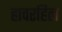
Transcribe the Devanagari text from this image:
हावरहिल